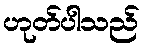
ဟုတ်ပါသည်